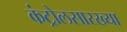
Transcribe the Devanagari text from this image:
कंट्रोलसारख्या